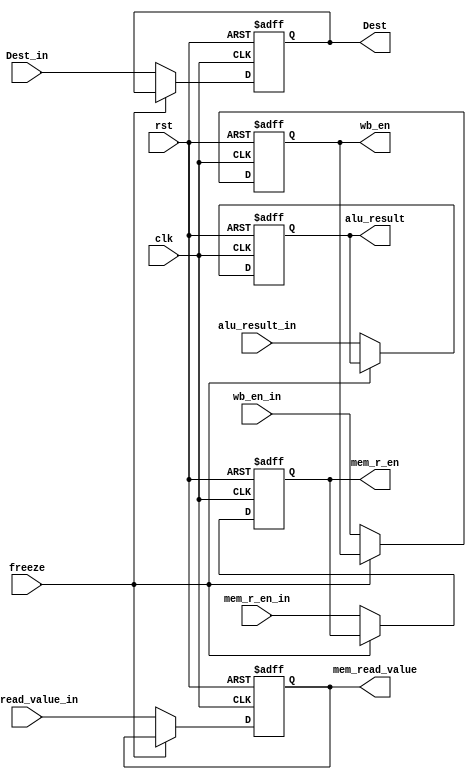
module MA_Stage_reg(
    input clk,rst, freeze, wb_en_in,mem_r_en_in,
    input[31:0] alu_result_in,mem_read_value_in,
    input [3:0] Dest_in,
    output reg wb_en,mem_r_en,
    output reg [31:0] alu_result,mem_read_value,
    output reg [3:0] Dest
    );
    
    always@(posedge clk, posedge rst)begin
        if(rst)begin
        wb_en <= 1'b0;
        mem_r_en <= 1'b0;
        alu_result <= 32'b0;
        mem_read_value <= 32'b0;
        Dest <= 4'b0;
    end
	 else if (~freeze) begin
        wb_en <= wb_en_in;
        mem_r_en <= mem_r_en_in;
        alu_result <= alu_result_in;
        mem_read_value <= mem_read_value_in;
        Dest <= Dest_in;
	end
    end

endmodule